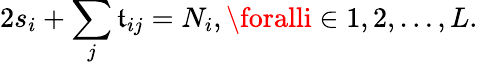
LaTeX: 2s_{i}+\sum_{j}\mathfrak{t}_{ij}=N_{i},\foralli\in{1,2,\ldots,L}.